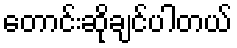
တောင်းဆိုချင်ပါတယ်